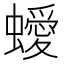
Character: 𧓁